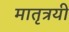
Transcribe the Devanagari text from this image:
मातृत्रयी